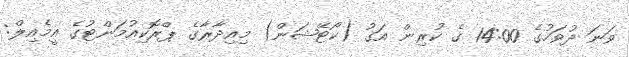
ވަނަ ދުވަހުގެ 14:00 ގެ ކުރިން އަގު (ކޯޓޭޝަން) މިއިދާރާގެ ޕްރޮކިއުމަންޓުގެ އީމެއިލް: